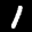
Label: 1